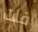
فات